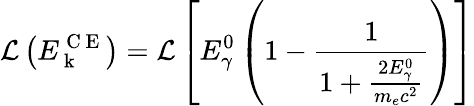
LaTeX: \mathcal{L}\left(E_{\mathrm{~k~}}^{\mathrm{~C~E~}}\right)=\mathcal{L}\left[E_{\gamma}^{0}\left(1-\frac{1}{1+\frac{2E_{\gamma}^{0}}{m_{e}c^{2}}}\right)\right]